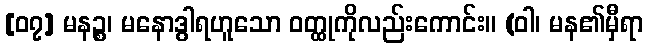
[၀၇] မနဉ္စ၊ မနောဒွါရဟူသော ဝတ္ထုကိုလည်းကောင်း။ (ဝါ၊ မန၏မှီရာ